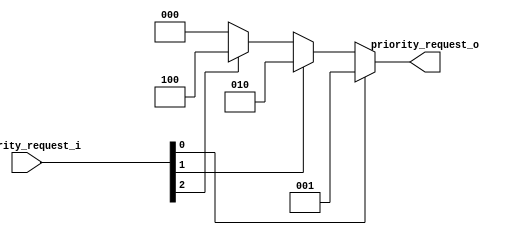
`timescale 1ns / 10ps

module Priority_3op
#(parameter	PORTS=3)
(
//Inputs
input	[PORTS-1:0]	priority_request_i, //

//Outputs
output	[PORTS-1:0]	priority_request_o// 
 
);

wire	[PORTS-1:0]	priority_select;


//PRIORIT
assign	priority_select	=	priority_request_i[0]?	3'b001:				//LOCAL
							priority_request_i[1]?	3'b010:				//FSM1
							priority_request_i[2]?	3'b100:5'b0000;		//FSM2
							
							
//OUTPUT
assign	priority_request_o=priority_select;

endmodule